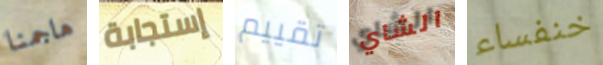
هاجمنا إستجابة تقييم الشاي خنفساء